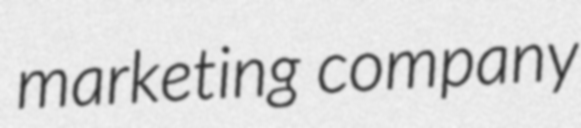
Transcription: marketing company